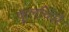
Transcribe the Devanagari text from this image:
कुलच्चिरै